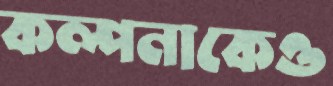
কল্পনাকেও